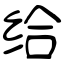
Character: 给